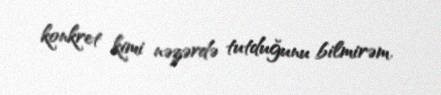
konkret kimi nəzərdə tutduğunu bilmirəm.